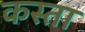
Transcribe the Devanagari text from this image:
कस्ता